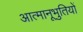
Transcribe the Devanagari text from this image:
आत्मानूभुतियों